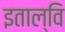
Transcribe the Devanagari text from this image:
इताल्वि